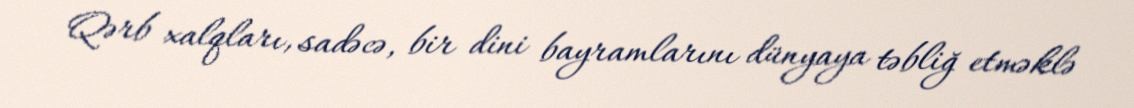
Qərb xalqları, sadəcə, bir dini bayramlarını dünyaya təbliğ etməklə